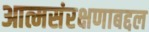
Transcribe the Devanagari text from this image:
आत्मसंरक्षणाबद्दल